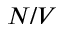
N / V